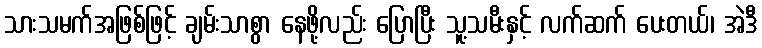
သားသမက်အဖြစ်ဖြင့် ချမ်းသာစွာ နေဖို့လည်း ပြောပြီး သူ့သမီးနှင့် လက်ဆက် ပေးတယ်၊ အဲဒီ